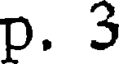
p. 3